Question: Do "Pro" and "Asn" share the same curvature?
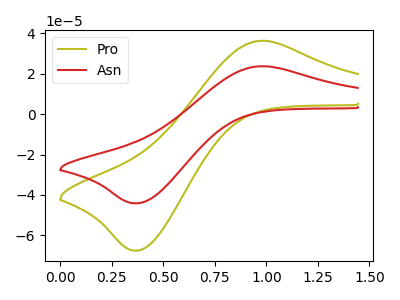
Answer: <think>The olive curve "Pro" has an anodic peak at (0.95V, 36.25uA) and a cathodic peak at (0.40V, -67.60uA). The red curve "Asn" has an anodic peak at (0.95V, 23.70uA) and a cathodic peak at (0.40V, -44.15uA).
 All the peaks in "Pro" have a peak in "Asn" at the same potential. Every peak in "Pro" is higher than every peak in "Asn".</think>
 <answer>"Pro" and "Asn" are similar in shape.</answer>
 <eval>same_shape</eval>